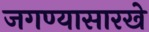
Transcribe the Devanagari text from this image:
जगण्यासारखे